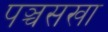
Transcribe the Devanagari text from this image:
पञ्चसखा